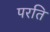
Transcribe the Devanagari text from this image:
परति